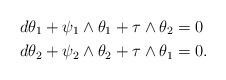
LaTeX: \begin{align*} d\theta_1 + \psi_1\wedge\theta_1 + \tau\wedge \theta_2 &= 0 \\ d\theta_2 + \psi_2\wedge\theta_2 + \tau\wedge\theta_1 &= 0.\end{align*}